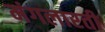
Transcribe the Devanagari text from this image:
मंगलारती